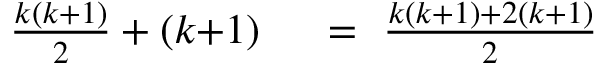
\begin{array} { r l } { { \frac { k ( k { + } 1 ) } { 2 } } + ( k { + } 1 ) } & { { } \ = \ { \frac { k ( k { + } 1 ) + 2 ( k { + } 1 ) } { 2 } } } \end{array}